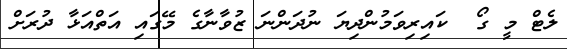
ލެޓް މީ ގޯ  ކައިރިވަމުންދިޔަ ނުދަންނަ ޒުވާނާގެ މޭގައި އަތްއަޅާ ދުރަށް